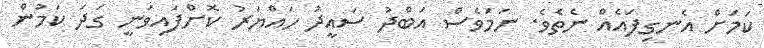
ކަމަށް އެނގިފައެއް ނެތެވެ. ނަމަވެސް އަބްދު ސައީދު ހައްޔަރު ކޮށްފަައިވަނީ ގަދަ ކަމުން